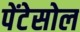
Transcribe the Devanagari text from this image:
पेंटेसोल